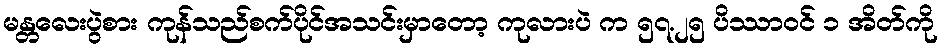
မန္တလေးပွဲစား ကုန်သည်စက်ပိုင်အသင်းမှာတော့ ကုလားပဲ က ၅၇.၂၅ ပိဿာဝင် ၁ အိတ်ကို